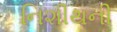
નિશીથની